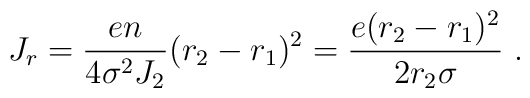
J_r={{en}\over{4\sigma^2J_2}}(r_2-r_1)^2={{e(r_2-r_1)^2}\over{2r_2\sigma}}~.